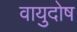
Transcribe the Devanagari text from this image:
वायुदोष